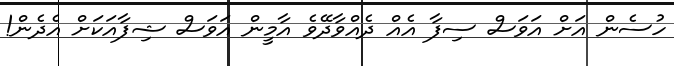
ހުސެން އަށް އަވަސް ސިފާ އެއް ދެއްވާދޭވެ އާމީން އަވަސް ޝިފާއަކަށް އެދެން!